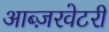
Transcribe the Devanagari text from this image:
आब्ज़रवेटरी